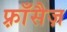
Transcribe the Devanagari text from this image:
फ़्राँसैज़